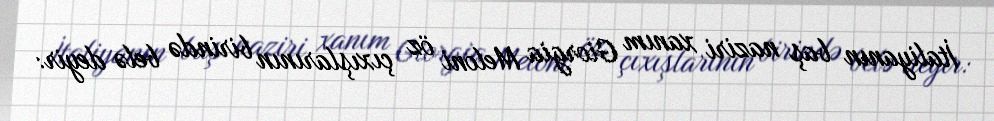
İtaliyanın baş naziri xanım Giorgia Meloni öz çıxışlarının birində belə deyir: